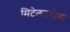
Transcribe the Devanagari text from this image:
मिटेलउरोपा